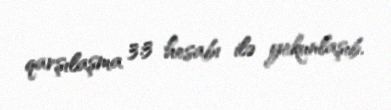
qarşılaşma 3:3 hesabı ilə yekunlaşıb.